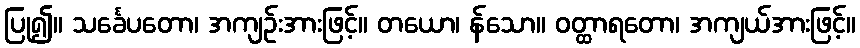
ပြု၍။ သင်္ခေပတော၊ အကျဉ်းအားဖြင့်။ တယော၊ န်သော။ ဝတ္ထာရတော၊ အကျယ်အားဖြင့်။